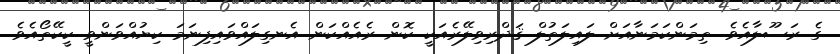
ގެ ރަސޫލާއެވެ. ތިމަންކަމަނާއަށް ލައިލަތުލް ޤަދްރިވިލޭރެއަކީ ކޮން ރެއެއްކަން އެނގިލައްވައިފިނަމަ ކިޔުއްވަންވީ ކީކޭތޯއެވެ